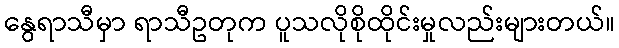
နွေရာသီမှာ ရာသီဥတုက ပူသလိုစိုထိုင်းမှုလည်းများတယ်။